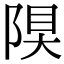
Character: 𨺆